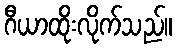
ဂီယာထိုးလိုက်သည်။